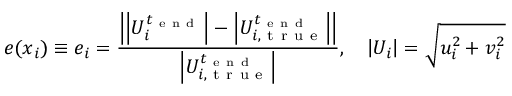
e ( \boldsymbol { x } _ { i } ) \equiv e _ { i } = \frac { \left| \left| U _ { i } ^ { t _ { \mathrm { ~ e ~ n ~ d ~ } } } \right| - \left| U _ { i , \mathrm { ~ t ~ r ~ u ~ e ~ } } ^ { t _ { \mathrm { ~ e ~ n ~ d ~ } } } \right| \right| } { \left| U _ { i , \mathrm { ~ t ~ r ~ u ~ e ~ } } ^ { t _ { \mathrm { ~ e ~ n ~ d ~ } } } \right| } , \quad \left| U _ { i } \right| = \sqrt { u _ { i } ^ { 2 } + v _ { i } ^ { 2 } }